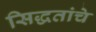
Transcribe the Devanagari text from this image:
सिद्धतांचे